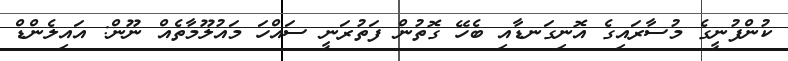
ކުންފުނީގެ މުސާރައިގެ އޮނިގަނޑާއި ބެހޭ ގޮތުން ފަތުރަނީ ސައްހަ މައުލޫމާތެއް ނޫން: އައިލެންޑް